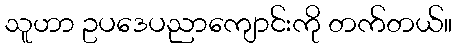
သူဟာ ဥပဒေပညာကျောင်းကို တက်တယ်။